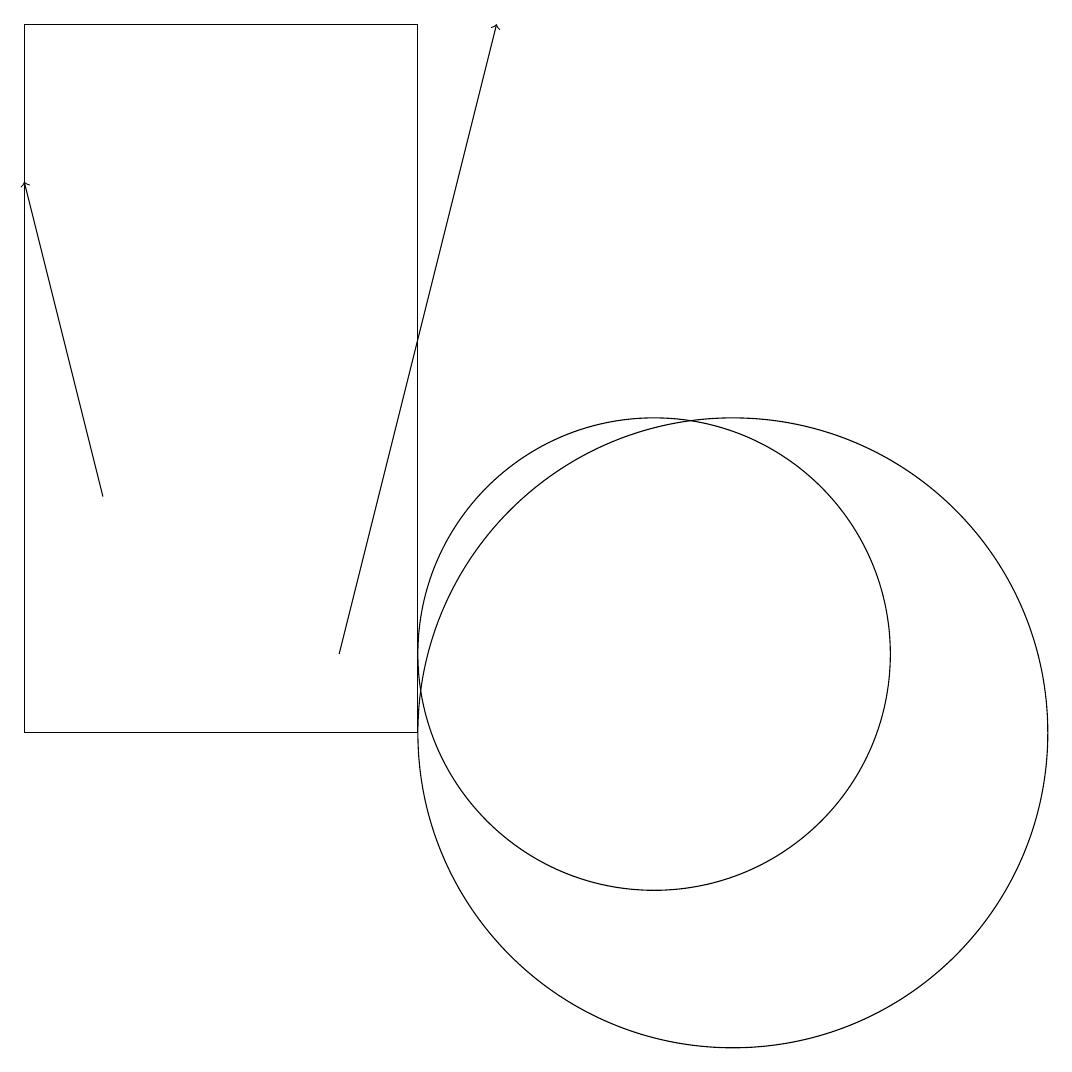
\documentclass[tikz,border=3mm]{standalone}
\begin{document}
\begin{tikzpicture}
\draw (11,10) circle (4);
\draw[->] (6,11) -- (8,19);
\draw[->] (3,13) -- (2,17);
\draw (10,11) circle (3);
\draw (2,10) rectangle (7,19);
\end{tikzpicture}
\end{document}